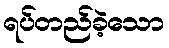
ရပ်တည်ခဲ့သော